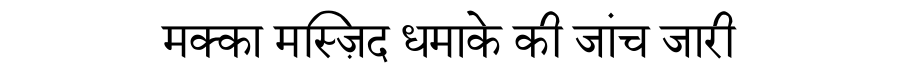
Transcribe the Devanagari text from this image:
मक्का मस्ज़िद धमाके की जांच जारी